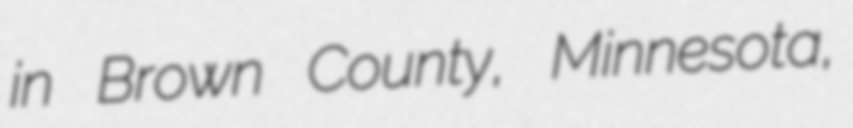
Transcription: in Brown County, Minnesota,